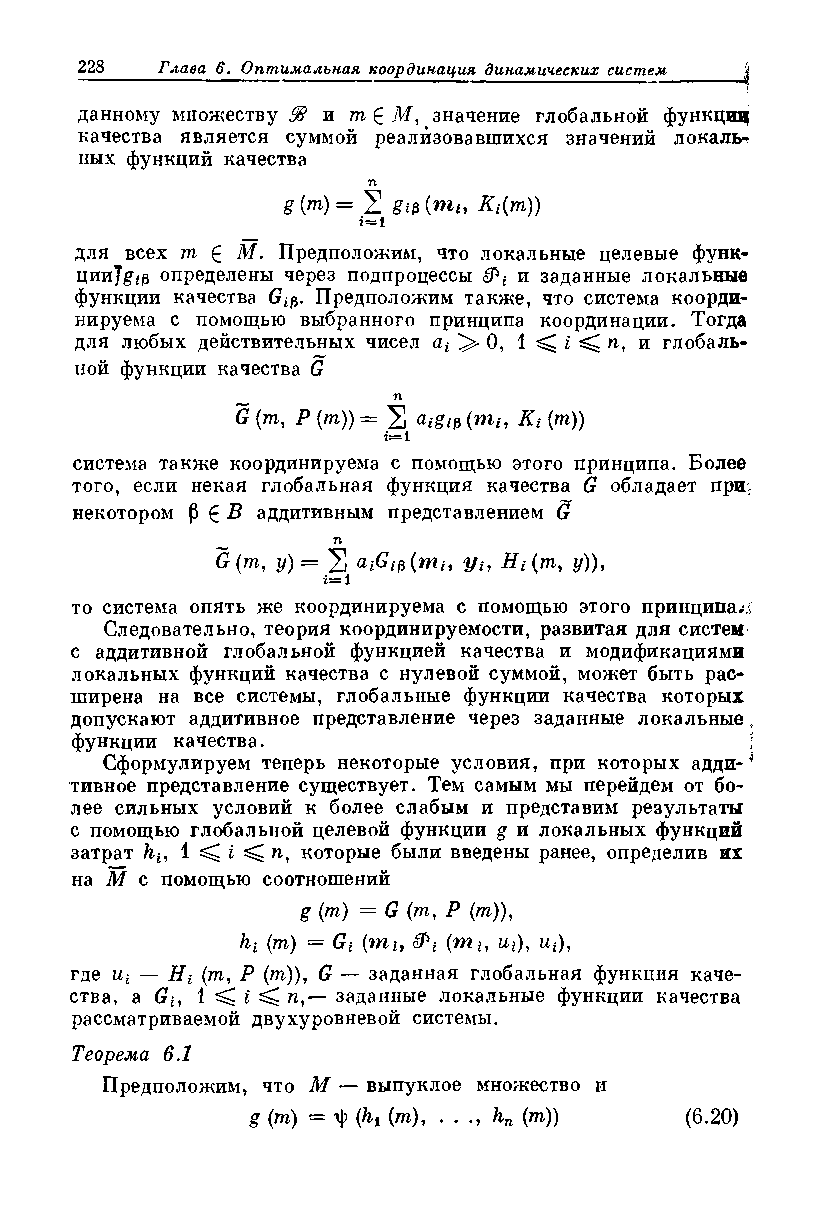
данному множеству $ п т £ М, значение глобальной функции
 качества является суммой реализовавшихся значений локальт
 пых функций качества
 п
 g{™) = S     Ki{m))
 i= 1
 для всех гаг £ М. Предположим, что локальные целевые функ-
 ции7£*/з определены через подпроцессы <9^ и заданные локальные
 функции качества G*p. Предположим также, что система коорди­
 нируема с помощью выбранного принципа координации. Тогда
 для любых действительных чисел a* 0, 1 ^ ^ га, и глобаль*
 ной функции качества G
 п
 G (т, Р (щ)) = 2 ciigtfi (mi, Kt (т))
 i—1
 система также координируема с помощью этого принципа. Более
 того, если некая глобальная функция качества G обладает при,
 некотором р £ В аддитивным представлением G
 п
 G(m, у) = 2 ciiGtli(mi, у,, Я, (т, у)),
 г= 1
 то система опять же координируема с помощью этого принципам
 Следовательно, теория координируемости, развитая для систем
 с аддитивной глобальной функцией качества и модификациями
 локальных функций качества с нулевой суммой, может быть рас­
 ширена на все системы, глобальные функции качества которых
 допускают аддитивное представление через заданные локальные ,
 функции качества.                            \
 Сформулируем теперь некоторые условия, при которых адди-^
 тивное представление существует. Тем самым мы перейдем от бо­
 лее сильных условий к более слабым и представим результаты
 с помощью глобальной целевой функции g и локальных функций
 затрат ht, 1 ^ i ^ га, которые были введены ранее, определив их
 на I с помощью соотношений
 g (т) = G (т, Р (iт)),
 ht (т) = G1 (mh (ти щ), щ),
 где ut — Hi (гаг, Р (гаг)), G — заданная глобальная функция каче­
 ства, a Gj, 1 ^ г ^ га,— заданные локальные функции качества
 рассматриваемой двухуровневой системы.
 Теорема 6,1
 Предположим, что М — выпуклое множество и
 g (т) = (^ (т), . . К (т))  (6.20)